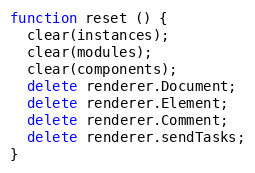
Language: JavaScript
function reset () {
  clear(instances);
  clear(modules);
  clear(components);
  delete renderer.Document;
  delete renderer.Element;
  delete renderer.Comment;
  delete renderer.sendTasks;
}